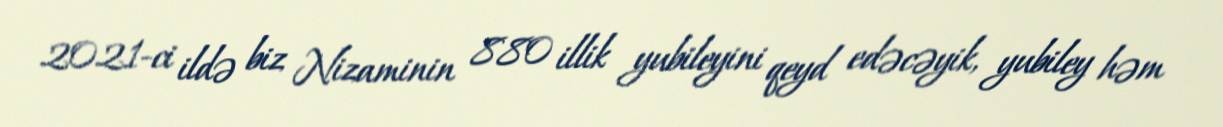
2021-ci ildə biz Nizaminin 880 illik yubileyini qeyd edəcəyik, yubiley həm